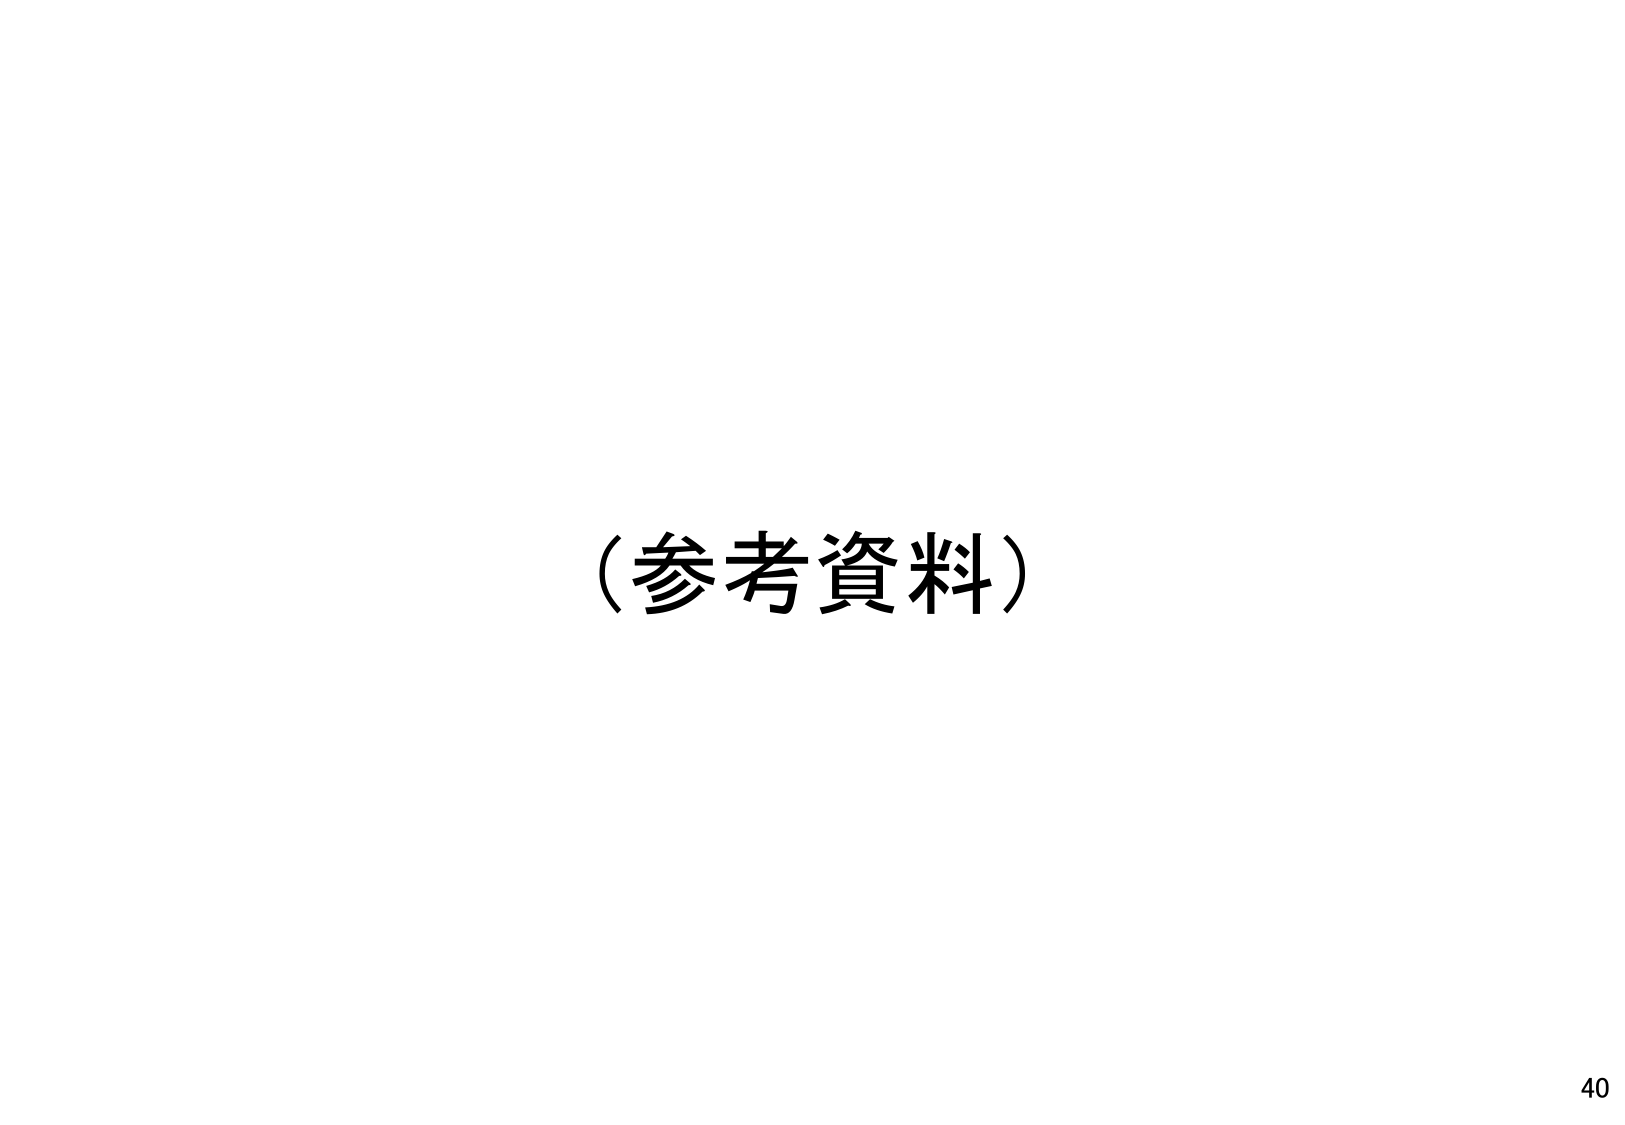
（参考資料）

40